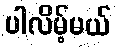
ပါလိမ့်မယ်